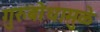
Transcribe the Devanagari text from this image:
गुरुबोधामुळे